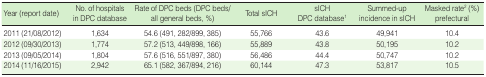
<table><thead><tr><td><b>Year (report date)</b></td><td><b>No. of hospitals in DPC database</b></td><td><b>Rate of DPC beds (DPC beds/all general beds, %)</b></td><td><b>Total sICH</b></td><td><b>sICH DPC database<sup>1</sup></b></td><td><b>Summed-up incidence in sICH</b></td><td><b>Masked rate<sup>2</sup> (%) prefectural</b></td></tr></thead><tbody><tr><td>2011 (21/08/2012)</td><td>1,634</td><td>54.6 (491, 282/899, 385)</td><td>55,766</td><td>43.6</td><td>49,941</td><td>10.4</td></tr><tr><td>2012 (09/30/2013)</td><td>1,774</td><td>57.2 (513, 449/898, 166)</td><td>55,889</td><td>43.8</td><td>50,195</td><td>10.2</td></tr><tr><td>2013 (09/05/2014)</td><td>1,804</td><td>57.6 (516, 551/897, 380)</td><td>56,486</td><td>44.4</td><td>50,747</td><td>10.2</td></tr><tr><td>2014 (11/16/2015)</td><td>2,942</td><td>65.1 (582, 367/894, 216)</td><td>60,144</td><td>47.3</td><td>53,817</td><td>10.5</td></tr></tbody></table>